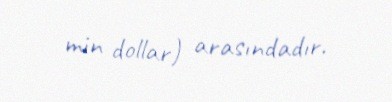
min dollar) arasındadır.